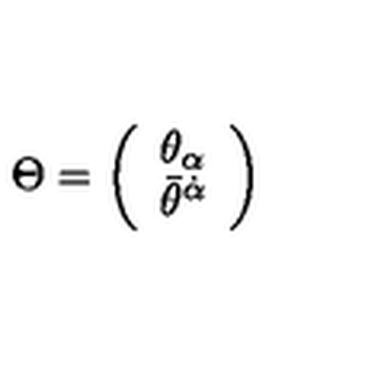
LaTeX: \Theta = \left( \begin{array} { c } { { \theta } _ { \alpha } } \\ { { \bar { \theta } } ^ { \dot { \alpha } } } \\ \end{array} \right)